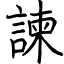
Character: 諫